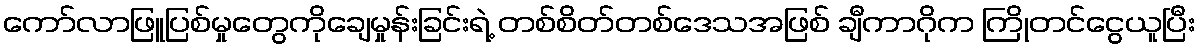
ကော်လာဖြူပြစ်မှုတွေကိုချေမှုန်းခြင်းရဲ့ တစ်စိတ်တစ်ဒေသအဖြစ် ချီကာဂိုက ကြိုတင်ငွေယူပြီး